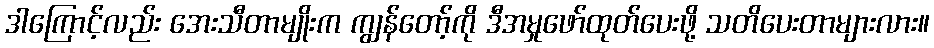
ဒါကြောင့်လည်း အေးသီတာမျိုးက ကျွန်တော့်ကို ဒီအမှုဖော်ထုတ်ပေးဖို့ သတိပေးတာများလား။